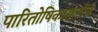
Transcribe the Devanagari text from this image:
पारितोषिकासाठीचे